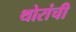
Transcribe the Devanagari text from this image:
थोरांची